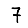
Digit: 7